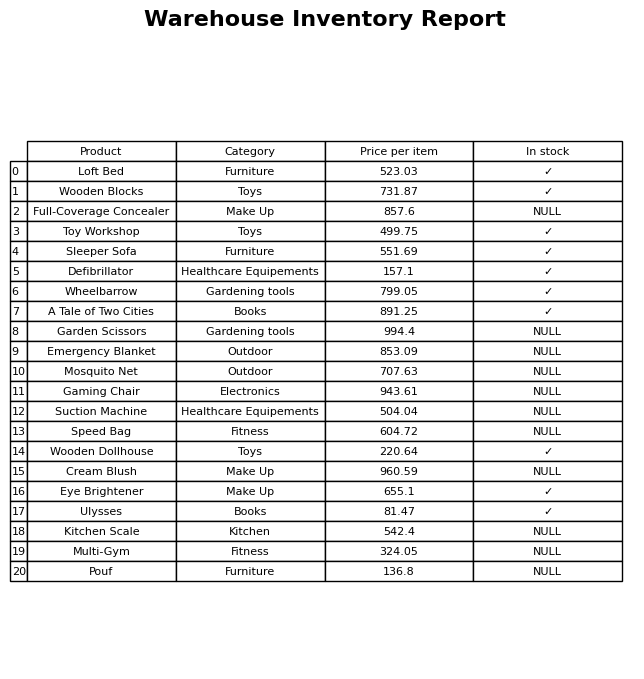
question: What category does the Eye Brightener belong to?
answer: Make Up